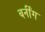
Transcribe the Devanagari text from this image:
बर्नींग